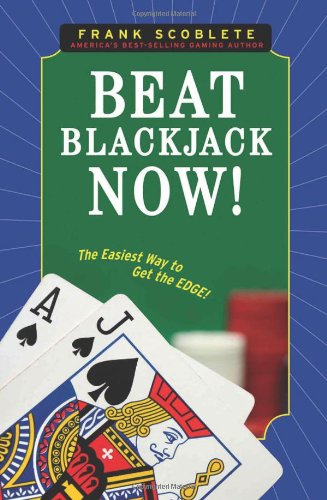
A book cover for Beat Blackjack Now!: The Easiest Way to Get the Edge!; Frank Scoblete; Humor & Entertainment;